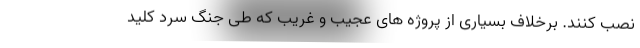
نصب کنند. برخلاف بسیاری از پروژه های عجیب و غریب که طی جنگ سرد کلید